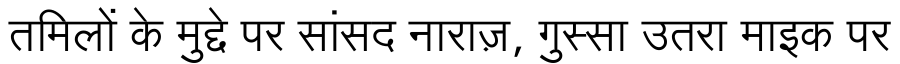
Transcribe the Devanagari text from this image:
तमिलों के मुद्दे पर सांसद नाराज़, गुस्सा उतरा माइक पर